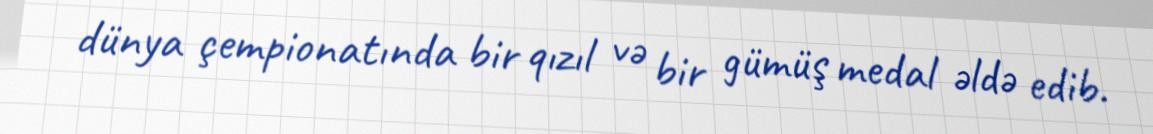
dünya çempionatında bir qızıl və bir gümüş medal əldə edib.